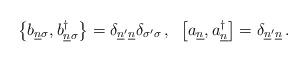
LaTeX: \begin{align*}\left\{b_{\underline{n}\sigma},b_{\underline{n}\sigma}^\dagger\right\}= \delta_{\underline{n}'\underline{n}}\delta_{\sigma'\sigma}\,,\;\;\left[a_{\underline{n}},a_{\underline{n}}^\dagger\right]= \delta_{\underline{n}'\underline{n}}\,.\end{align*}